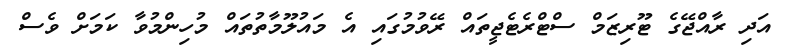
އަދި ރާއްޖޭގެ ޓޫރިޒަމް ސްޓްރެޓެޖީތައް ރޭވުމުގައި އެ މައުލޫމާތުތައް މުހިންމުވާ ކަމަށް ވެސް